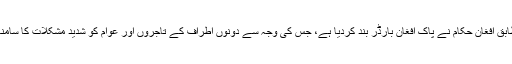
تفصیلات کے مطابق افغان حکام نے پاک افغان بارڈر بند کردیا ہے، جس کی وجہ سے دونوں اطراف کے تاجروں اور عوام کو شدید مشکلات کا سامنا کرنا پڑ رہا ہے۔